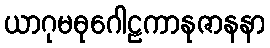
ယာဂုမဓုဂေါဠကာနုဇာနနာ